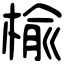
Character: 楡